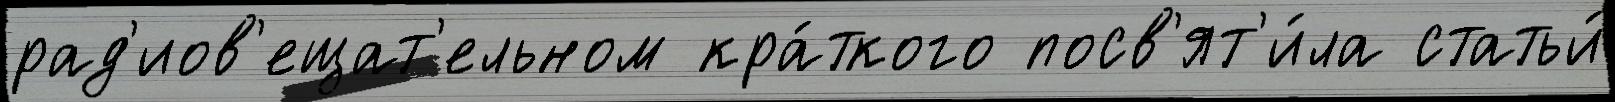
рад'иов'ещат'ельном кра́ткого посв'ят'и́ла статьи́